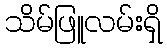
သိမ်ဖြူလမ်းရှိ